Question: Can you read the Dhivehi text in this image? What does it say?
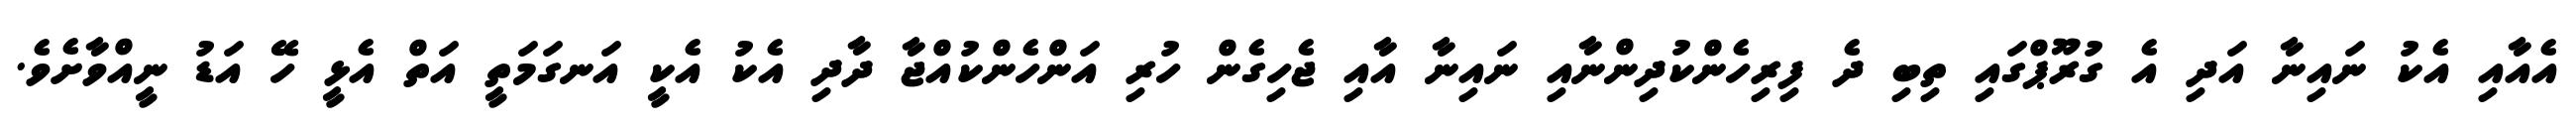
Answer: އެއާއި އެކު ނައިނާ އަދި އެ ގުރޫޕްގައި ތިބި ދެ ފިރިހެންކުދިންނާއި ނައިނާ އާއި ޖެހިގެން ހުރި އަންހެންކުއްޖާ ދާދި އެކު އެކީ އަނގަމަތީ އަތް އެޅީ ހޭ އަޑު ނީއްވާށެވެ.